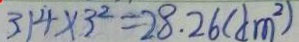
3 . 1 4 \times 3 ^ { 2 } = 2 8 . 2 6 ( d m ^ { 2 } )